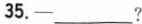
35.-___?